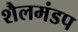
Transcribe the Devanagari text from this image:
शैलमंडप